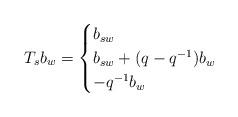
LaTeX: \begin{align*}T_{s}b_{w} =\begin{cases} b_{sw} & \\ b_{sw} + (q - q^{-1})b_{w} & \\ -q^{-1}b_{w} & \end{cases}\end{align*}